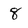
Character: 8